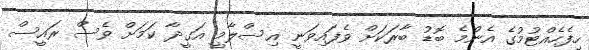
ހިފެހެއްޓުމުގެ އެންމެ ބޮޑު ބާރަކަށް ވެފައިވަނީ އިސްލާމީ އަގީދާ ކަމަށް ވެސް ރައީސް